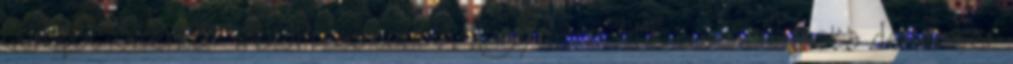
Sunspot Szerző: WordPress.com. A Nagy Imre ÁMK tornacsarnoka december